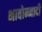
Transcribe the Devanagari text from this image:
भावोन्मादी